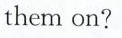
them on?